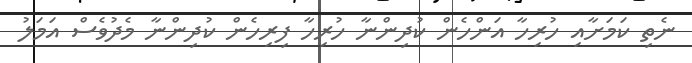
ނެތި ކަމަށާއި ހުރިހާ އަންހެން ކުދިންނާ ހުރިހާ ފިރިހެން ކުދިންނާ މެދުވެސް އަމަލު